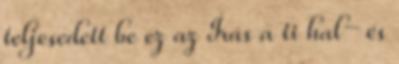
teljesedett be ez az Írás a ti hal− és